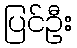
ပြင်ဦး